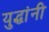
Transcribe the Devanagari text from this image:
युद्धांनी